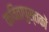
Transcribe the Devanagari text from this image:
कवितापुस्तकों